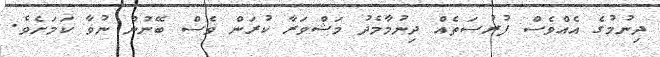
ދިނުމުގެ އެއްވެސް ފުރުސަތެއް ދިނުމާމެދު މަޝްވަރާ ކުރަން ވެސް ބޭނުން ނުވާ ކަމަށެވެ.